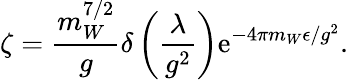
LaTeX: \zeta=\frac{m_{W}^{7/2}}{g}\delta\left(\frac{\lambda}{g^{2}}\right)\mathrm{e}^{-4\pi m_{W}\epsilon/g^{2}}.